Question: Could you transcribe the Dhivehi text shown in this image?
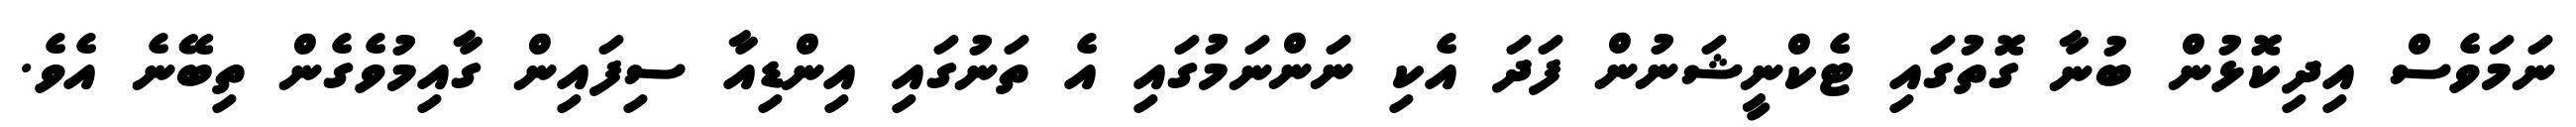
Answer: ނަމަވެސް އިދިކޮޅުން ބުނާ ގޮތުގައި ޓެކްނީޝަނުން ފަދަ އެކި ނަންނަމުގައި އެ ތަނުގައި އިންޑިއާ ސިފައިން ގާއިމުވެގެން ތިބޭނެ އެވެ.